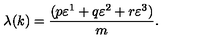
\lambda ( k ) = \frac { ( p \varepsilon ^ { 1 } + q \varepsilon ^ { 2 } + r \varepsilon ^ { 3 } ) } { m } .